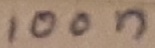
Text: 100n